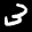
Label: 3